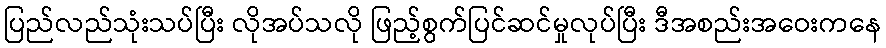
ပြည်လည်သုံးသပ်ပြီး လိုအပ်သလို ဖြည့်စွက်ပြင်ဆင်မှုလုပ်ပြီး ဒီအစည်းအဝေးကနေ